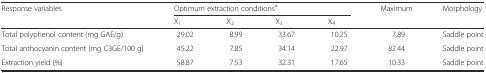
| <ROWSPAN=2> Response variables | <COLSPAN=4> Optimum extraction conditionsa | <ROWSPAN=2> Maximum | <ROWSPAN=2> Morphology |
 | X1 | X2 | X3 | X4 |
 | --- | --- | --- | --- | --- | --- | --- |
 | Total polyphenol content (mg GAE/g) | 29.02 | 8.99 | 33.67 | 10.25 | 7.89 | Saddle point |
 | Total anthocyanin content (mg C3GE/100 g) | 45.22 | 7.85 | 34.14 | 22.97 | 82.44 | Saddle point |
 | Extraction yield (%) | 58.87 | 7.53 | 32.31 | 17.65 | 10.33 | Saddle point |